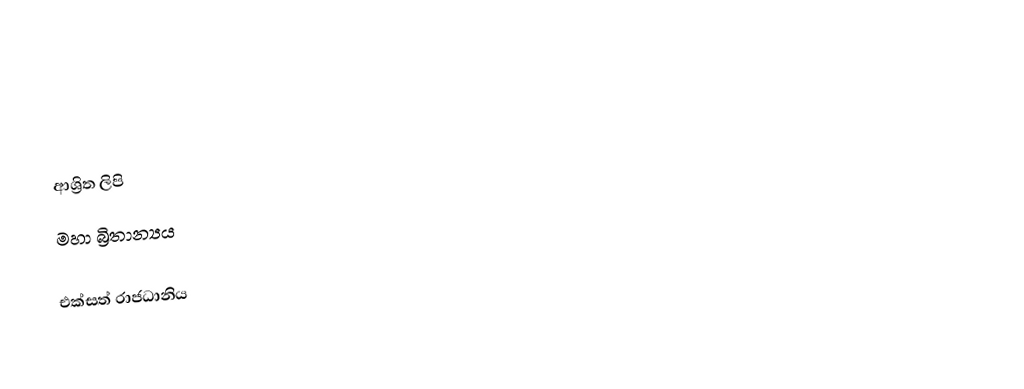

ආශ්‍රිත ලිපි
මහා බ්‍රිතාන්‍යය

එක්සත් රාජධානිය